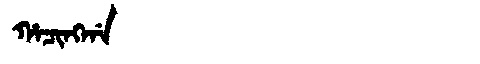
Manchu: ᡥᠠᠴᡳᠩᡤᠠ
Romanization: HACINGGA